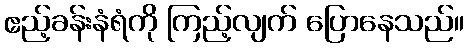
ဧည့်ခန်းနံရံကို ကြည့်လျက် ပြောနေသည်။